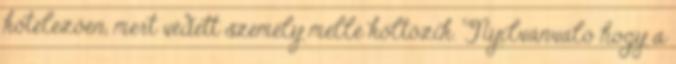
kötelezően, mert védett személy mellé költözik. Nyilvánvaló hogy a